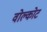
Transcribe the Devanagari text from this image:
वोल्कोट